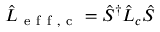
\hat { L } _ { \mathrm { ~ e ~ f ~ f ~ , ~ c ~ } } = \hat { S } ^ { \dagger } \hat { L } _ { c } \hat { S }